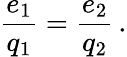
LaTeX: \frac{e_{1}}{q_{1}}=\frac{e_{2}}{q_{2}}\, .